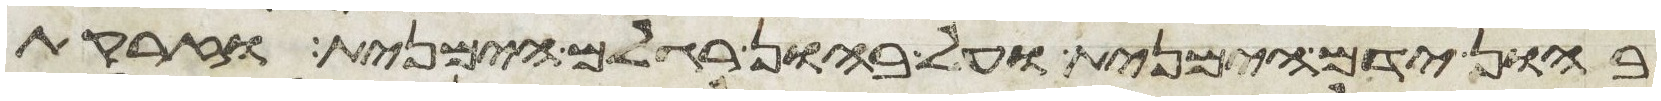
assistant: בהון ידם הימנית ועל בהון רגלם הימנית וזרקת